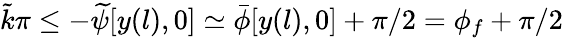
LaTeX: \tilde{k}\pi\le-\widetilde{\psi}[y(l),0]\simeq\bar{\phi}[y(l),0]+\pi/2=\phi_{f}+\pi/2